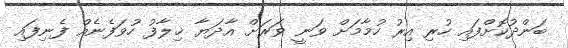
ބަންދުކޮށްފައި ހުރި އިރު ހުމާމަށް ވަނީ ވަރަށް އާދަޔާ ޚިލާފު ހުވަފެނެއް ފެނިފައި